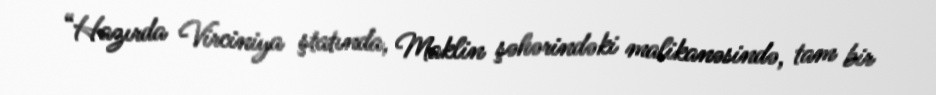
“Hazırda Virciniya ştatında, Maklin şəhərindəki malikanəsində, tam bir